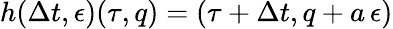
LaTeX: h(\Delta t,\epsilon)(\tau,q)=(\tau+\Delta t,q+a\, \epsilon)